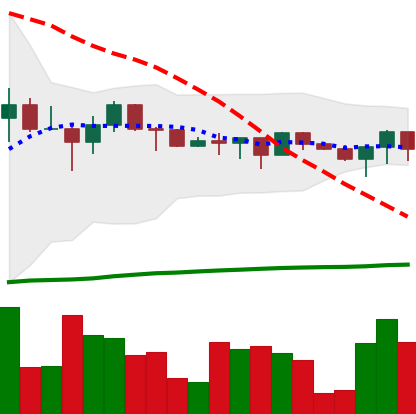
Ticker: XRP-USD
Chart end date: 2022-12-14
Forward return: -12.304%
Label: down_7plus